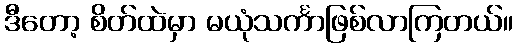
ဒီတော့ စိတ်ထဲမှာ မယုံသင်္ကာဖြစ်လာကြတယ်။